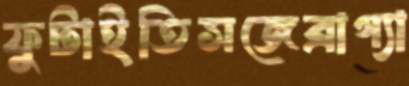
ফুটাইতিসজেব্রাগ্যা